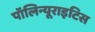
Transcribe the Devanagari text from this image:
पॉलिन्यूराइटिस